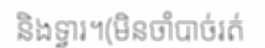
និងទ្វារ។(មិនចាំបាច់រត់